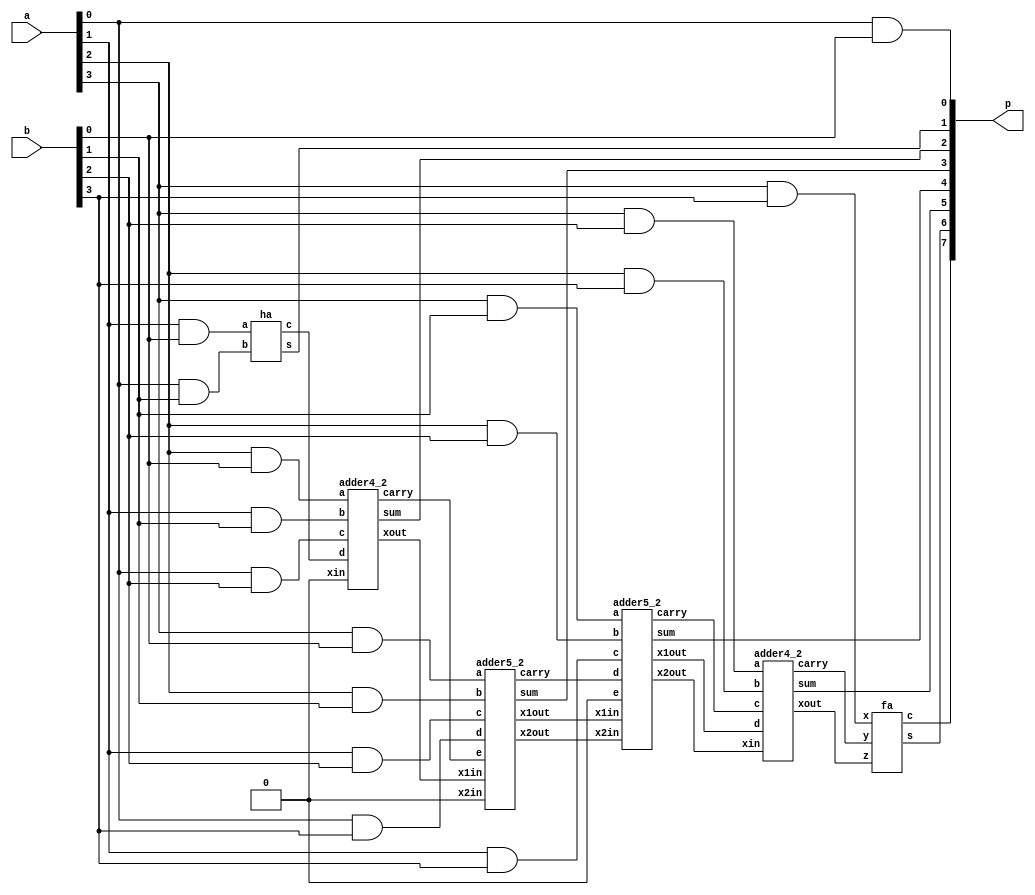
module code(a, b, p);
input [3:0] a, b;
output [7:0] p;

supply1 one;
supply0 zero;
wire [5:0] c;
wire [5:0] w;

assign p[0] = a[0]&b[0];
ha h1(a[1]&b[0], a[0]&b[1], p[1], c[0]);
adder4_2 h2(a[2]&b[0], a[1]&b[1], a[0]&b[2], c[0], zero, p[2], c[1], w[0]);
adder5_2 h3(a[3]&b[0], a[2]&b[1], a[1]&b[2], a[0]&b[3], c[1], w[0], zero, p[3], c[2], w[1], w[2]);
adder5_2 h4(a[3]&b[1], a[2]&b[2], a[1]&b[3], c[2], zero, w[1], w[2], p[4], c[3], w[3], w[4]);
adder4_2 h5(a[3]&b[2], a[2]&b[3], c[3], w[3], w[4], p[5], c[4], w[5]);
fa h6(a[3]&b[3], c[4], w[5], p[6], p[7]);
endmodule

module ha(a, b, s, c);
input a, b;
output s, c;
assign s = a^b;
assign c = a&b;
endmodule 

module fa(x, y, z, s, c);
input x, y, z;
output s, c;
assign s = x^y^z;
assign c = (x^y)&z | (x&y);
endmodule

module adder4_2(a, b, c, d, xin, sum, carry, xout);
input a, b, c, d, xin;
output sum, carry, xout;
wire w1;
fa f1(a, b, c, w1, xout);
fa f2(xin, w1, d, sum, carry);
endmodule 

module adder5_2(a, b, c, d, e, x1in, x2in, sum, carry, x1out, x2out);
input a, b, c, d, e, x1in, x2in;
output sum, carry, x1out, x2out;
fa f1(a, b, c, w1, x1out);
fa f2(x1in, w1, d, w2, x2out);
fa f3(x2in, w2, e, sum, carry);
endmodule